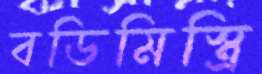
বডিমিস্ত্রি